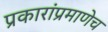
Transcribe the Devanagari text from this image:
प्रकारांप्रमाणेच